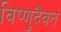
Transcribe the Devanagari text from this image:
विष्णुदैवतं